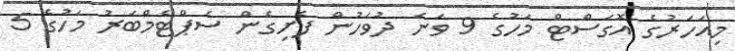
މިއަހަރުގެ އޮގަސްޓް މަހުގެ 9 ވަނަ ދުވަހުން ފެށިގެން ސެޕްޓެމްބަރު މަހުގެ 5